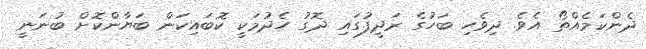
ދެންކަމެއްތޯ އެވެ. ދިވެހި ބަހުގެ ރަދީފުގައި ދޮގު ހެދުމަކީ ކޮބައިކަން ބަޔާންކޮށް ބުނަނީ